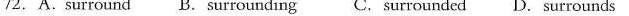
72.A.Surround B. Surrounding C. Surrounded D. Surrounds